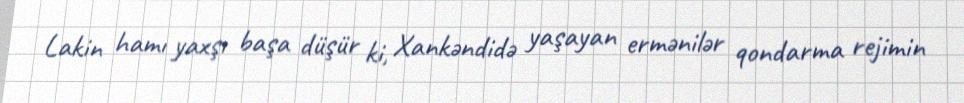
Lakin hamı yaxşı başa düşür ki, Xankəndidə yaşayan ermənilər qondarma rejimin